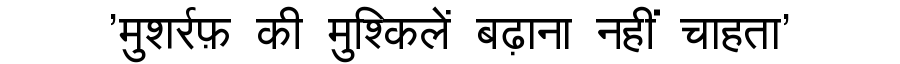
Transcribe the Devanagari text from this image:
'मुशर्रफ़ की मुश्किलें बढ़ाना नहीं चाहता'